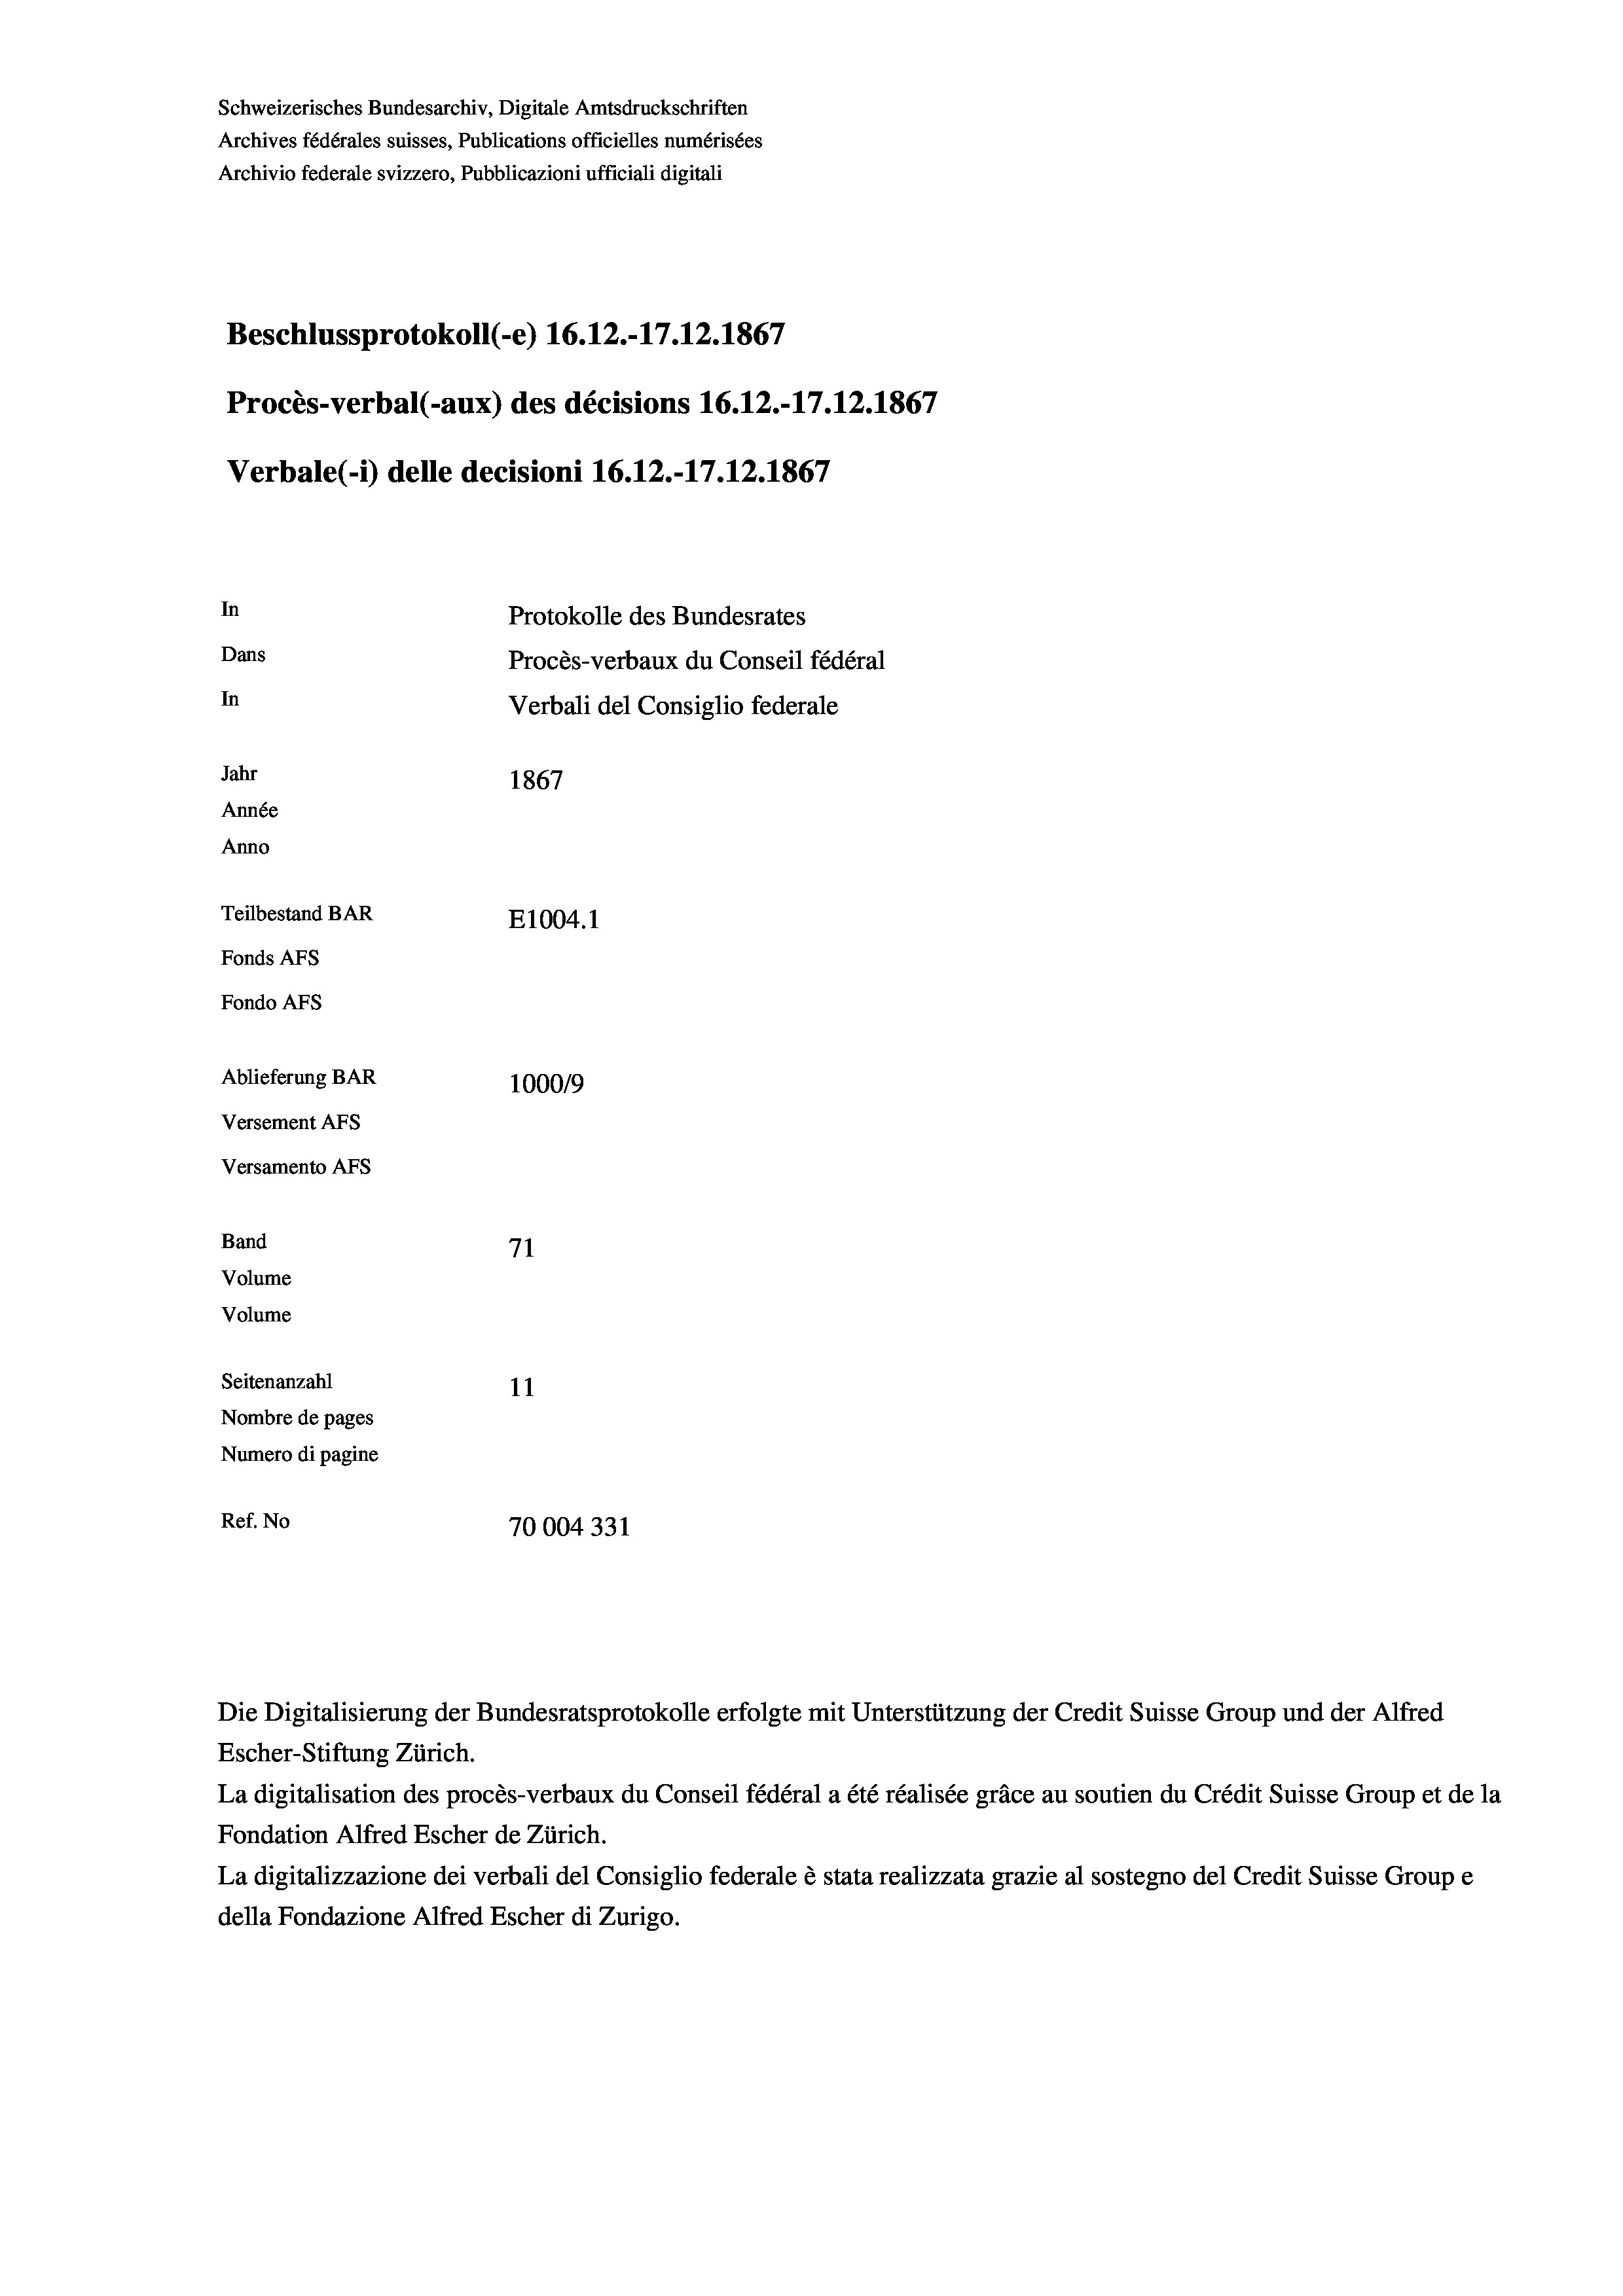
Schweizerisches Bundesarchiv, Digitale Amtsdruckschriften
Archives fédérales suisses, Publications officielles numérisées
Archivio federale svizzero, Pubblicazioni ufficiali digitali
Beschlussprotokoll (-e) 16.12.-17.12.1867
Procès-verbal (-aux) des décisions 16.12.-17.12.1867
Verbale (- 1) delle decisioni 16.12.-17.12.1867
In
Protokolle des Bundesrates
Dans
Procès-verbaux du Conseil fédéral
In
Verbali del Consiglio federale
Jahr
1867
Année
Anno
Teilbestand BAR
E1004.1
Fonds AFs
Fondo AFs
Ablieferung BAR
1000/9
Versement Abs
Versamento Afs
Band
71
Volume
Volume
Seitenanzahl
11

Nombre de pages
Numero di pagine
Ref. No
70004331

La digitalisation des procès-verbaux du Conseil fédéral a été réalisée gräce au soutien du Crédit Suisse Group et de la
Fondation Alfred Escher de Zürich.
La digitalizzazione dei verbali del Consiglio federale è stata realizzata grazie al sostegno del Credit Suisse Groupe
della Fondazione Alfred Escher di Zurigo.

Die Digitalisierung der Bundesratsprotokolle erfolgte mit Unterstützung der Credit Suisse Group und der Alfred
Escher-Stiftung Zürich.